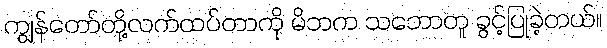
ကျွန်တော်တို့လက်ထပ်တာကို မိဘက သဘောတူ ခွင့်ပြုခဲ့တယ်။